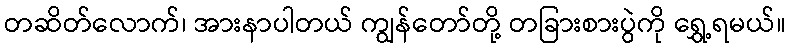
တဆိတ်လောက်၊ အားနာပါတယ် ကျွန်တော်တို့ တခြားစားပွဲကို ရွှေ့ရမယ်။